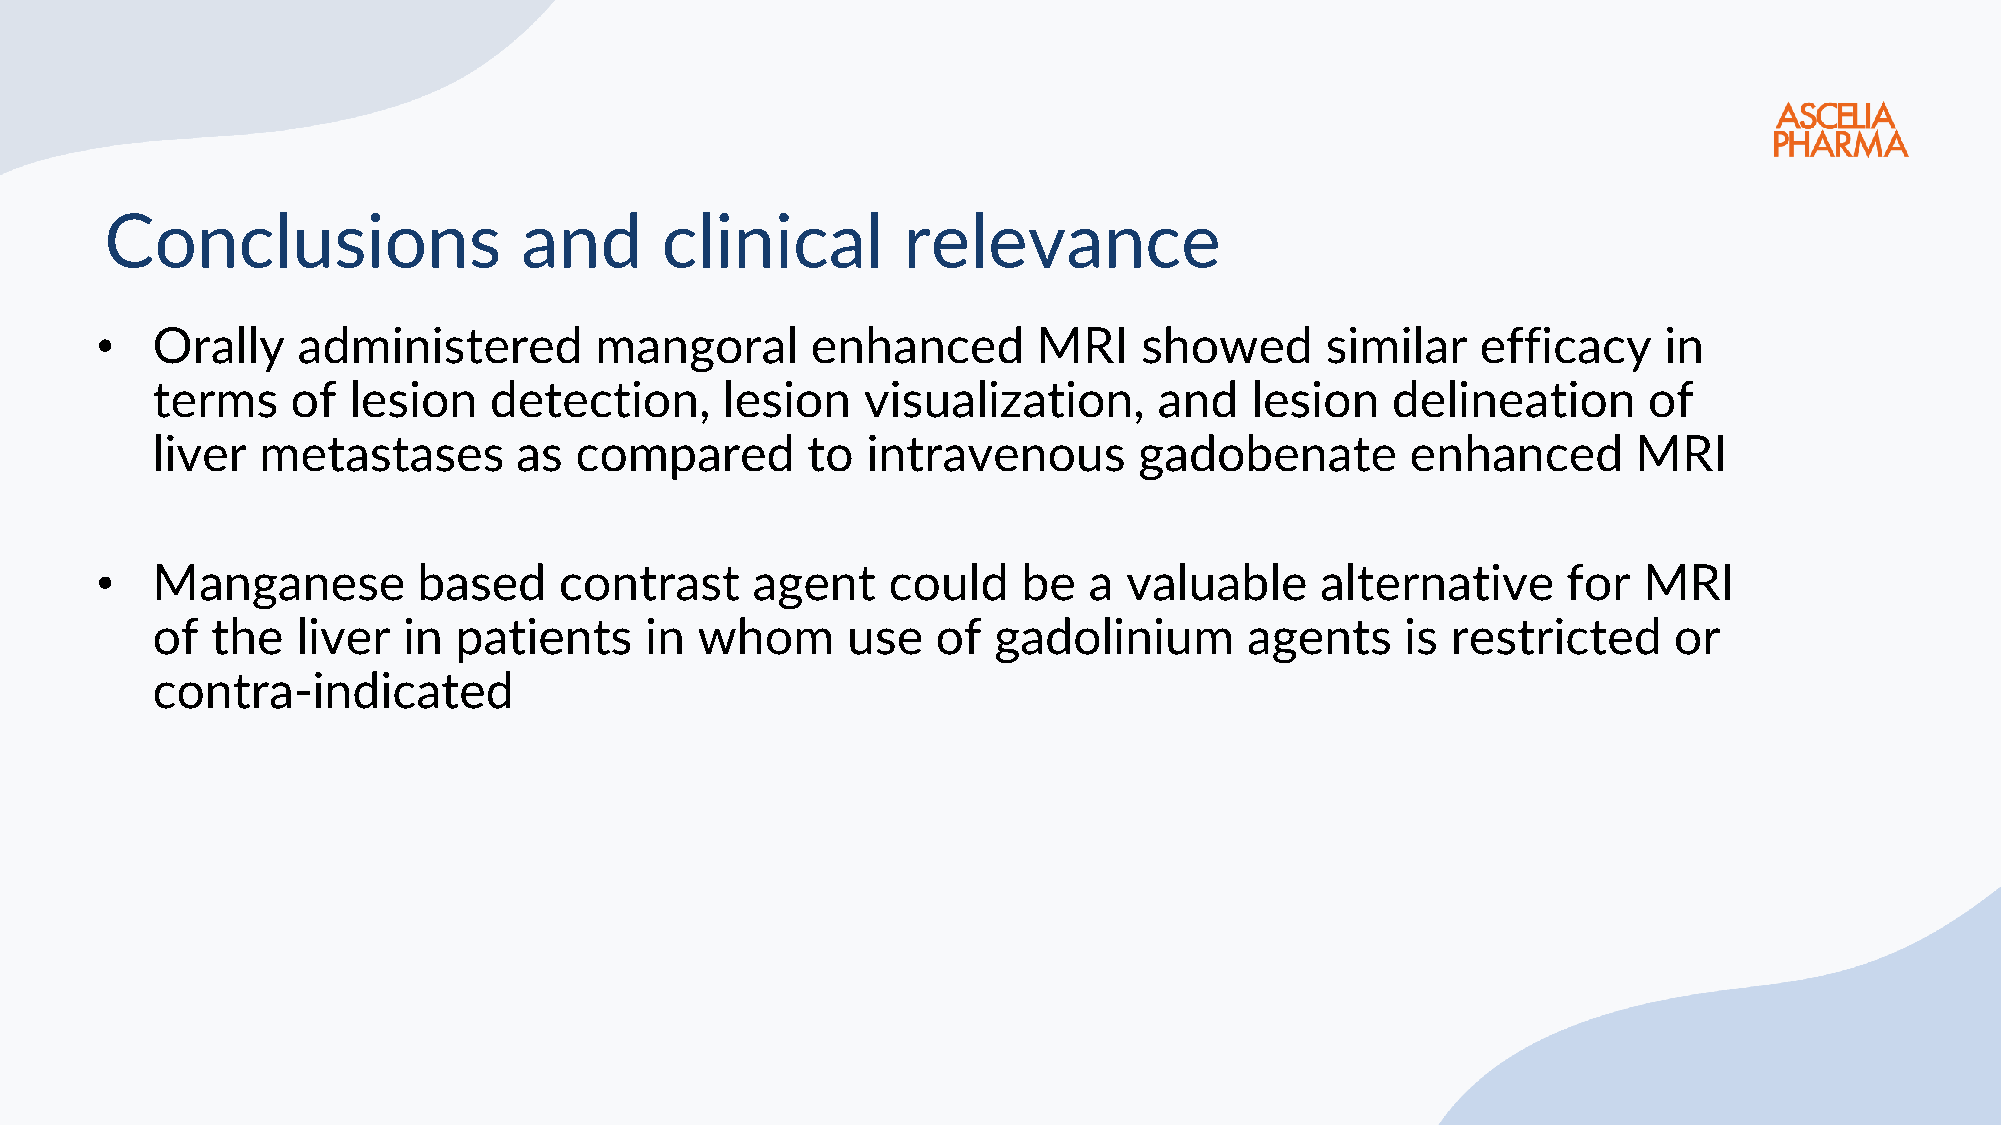
Conclusions                and       clinical        relevance
 •   Orally    administered       mangoral       enhanced       MRI    showed      similar   efficacy    in
 terms    of  lesion   detection,      lesion   visualization,      and   lesion   delineation      of
 liver  metastases       as  compared       to  intravenous       gadobenate        enhanced       MRI
 •   Manganese         based    contrast     agent    could    be  a  valuable    alternative      for  MRI
 of  the   liver  in patients     in whom      use   of  gadolinium       agents    is restricted     or
 contra-indicated